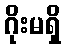
ဂိုးမရှိ